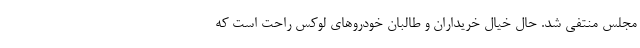
مجلس منتفی شد. حال خیال خریداران و طالبان خودروهای لوکس راحت است که